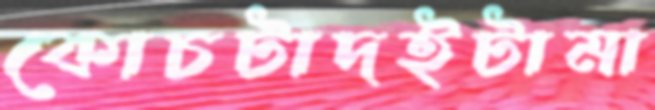
কোচটাদইটামা